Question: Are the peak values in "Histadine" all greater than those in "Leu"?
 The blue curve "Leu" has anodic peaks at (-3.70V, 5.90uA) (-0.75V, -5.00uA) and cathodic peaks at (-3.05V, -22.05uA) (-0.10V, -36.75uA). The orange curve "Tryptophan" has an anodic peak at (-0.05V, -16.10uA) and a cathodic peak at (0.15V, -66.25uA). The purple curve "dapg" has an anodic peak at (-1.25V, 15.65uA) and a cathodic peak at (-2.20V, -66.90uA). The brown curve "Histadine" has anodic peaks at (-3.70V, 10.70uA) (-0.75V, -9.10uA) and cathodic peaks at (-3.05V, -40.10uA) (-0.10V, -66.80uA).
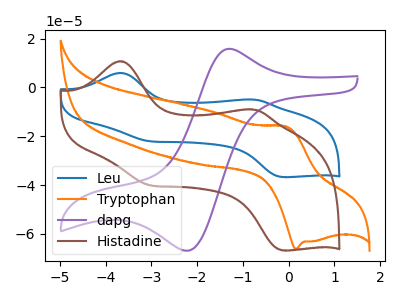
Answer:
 <answer>The peaks in "Histadine" are neither all higher or all lower than the peaks in "Leu".</answer>
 <eval>mixed</eval>